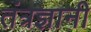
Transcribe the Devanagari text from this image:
तंत्रज्ञानी